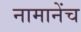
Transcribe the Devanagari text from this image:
नामानेंच